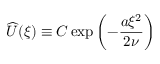
\widehat { U } ( \xi ) \equiv C \exp \left( - \frac { a \xi ^ { 2 } } { 2 \nu } \right)